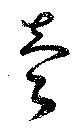
賣